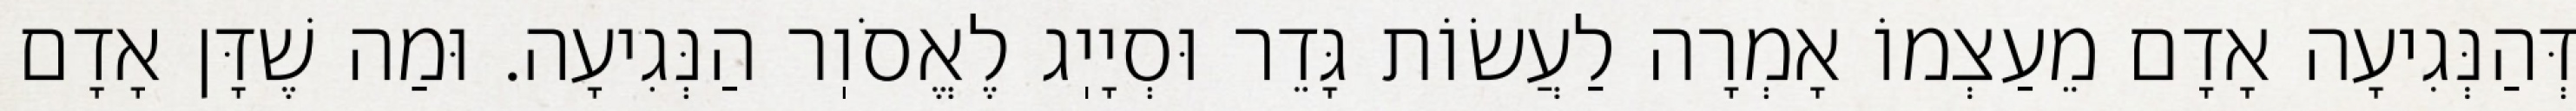
דְּהַנְּגִיעָה אָדָם מֵעַצְמוֹ אָמְרָה לַעֲשׂוֹת גָּדֵר וּסְיָיֽג לֶאֱסֹוֽר הַנְּגִיעָה. וּמַה שֶׁדָּן אָדָם